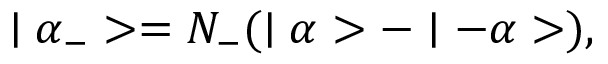
\mid \alpha _ { - } > = N _ { - } ( \mid \alpha > - \mid - \alpha > ) ,